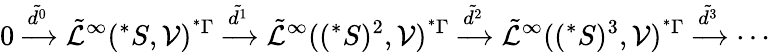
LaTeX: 0\xrightarrow{\tilde{d^{0}}}\tilde{\mathcal{L}}^{\infty}(^{*}S,\mathcal{V})^{^{*}\Gamma}\xrightarrow{\tilde{d^{1}}}\tilde{\mathcal{L}}^{\infty}((^{*}S)^{2},\mathcal{V})^{^{*}\Gamma}\xrightarrow{\tilde{d^{2}}}\tilde{\mathcal{L}}^{\infty}((^{*}S)^{3},\mathcal{V})^{^{*}\Gamma}\xrightarrow{\tilde{d^{3}}}\cdots